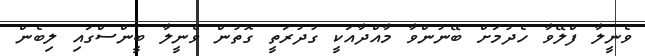
ވެނީލާ ފްލޭވާ ހެދުމަށް ބޭނުންވާ މާއްދާއަކީ ގުދުރަތީ ގޮތުން ވެނީލާ ބީންސްގައި ލިބެން